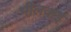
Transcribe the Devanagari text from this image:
भीलवाई